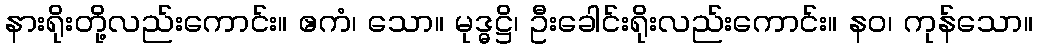
နားရိုးတို့လည်းကောင်း။ ဧကံ၊ သော။ မုဒ္ဓဋ္ဌိ၊ ဦးခေါင်းရိုးလည်းကောင်း။ နဝ၊ ကုန်သော။